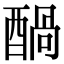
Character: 𮠶